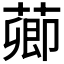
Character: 𦺄